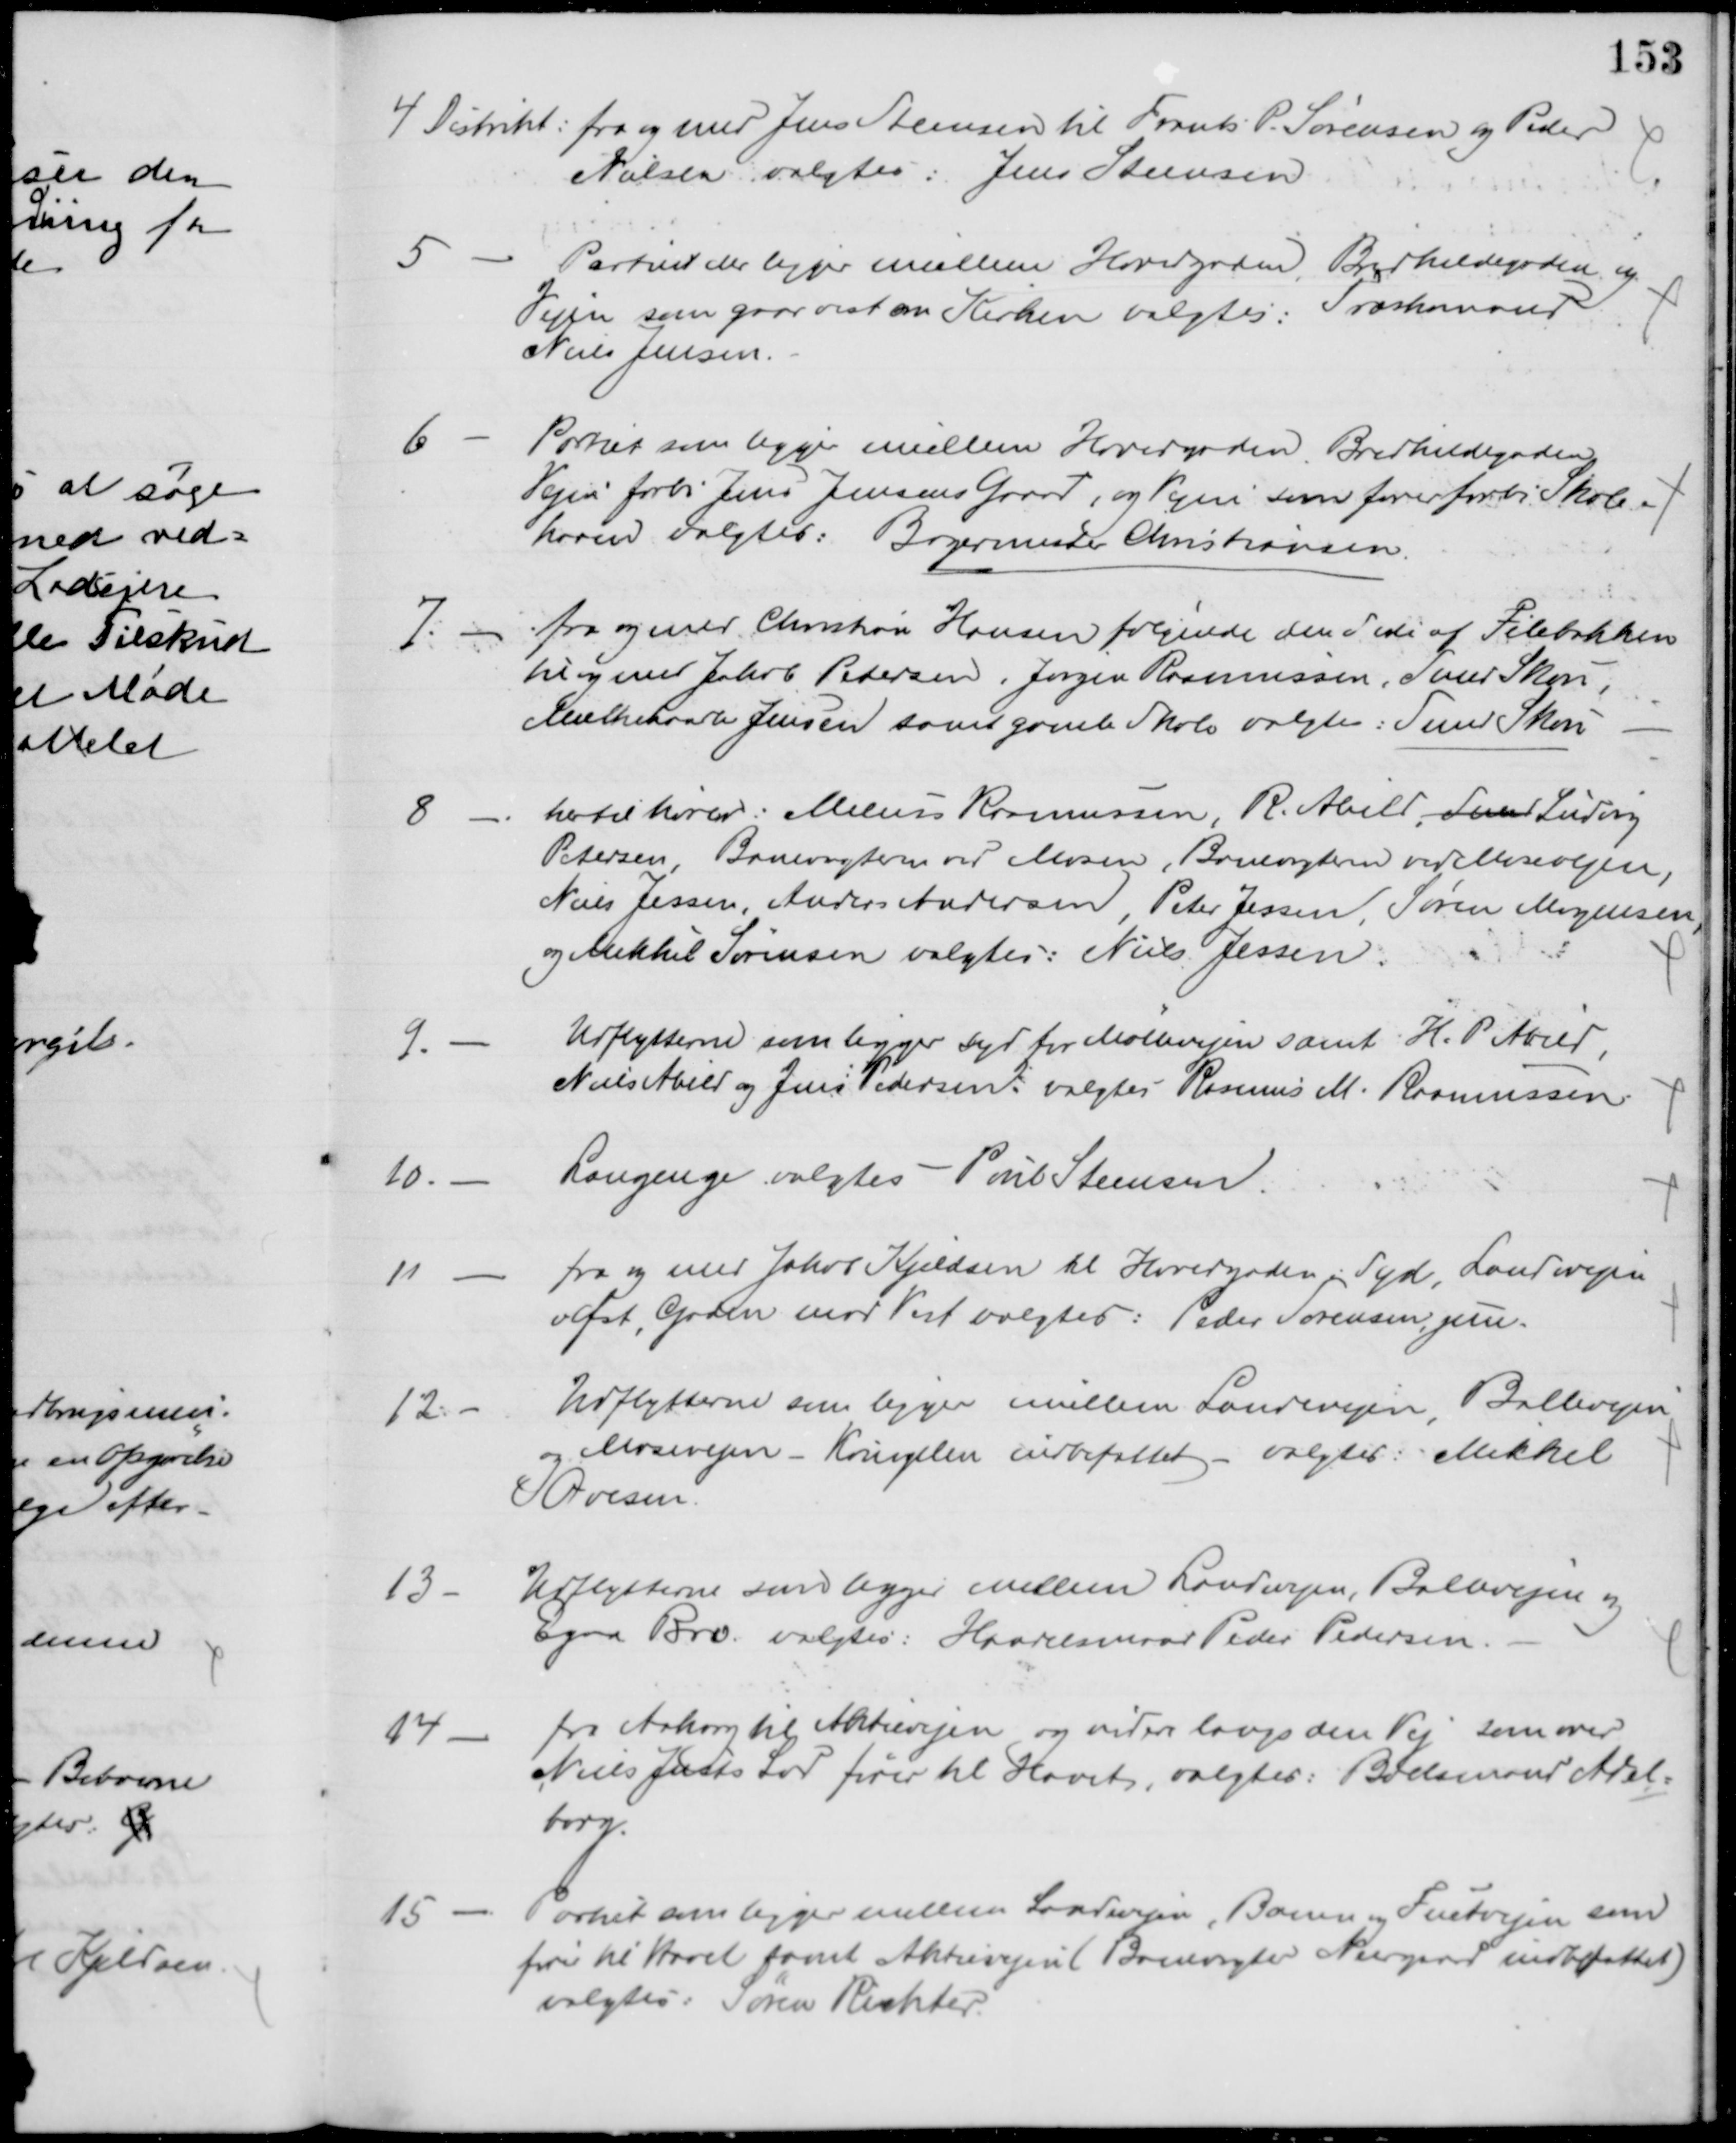
Transskription:
4 Distrikt: fra og med Jens Steensen til Frants P. Sørensen og Peder
Nielsen valgtes: Jens Steensen
5
Partiet der ligger imellem Hovedgaden, Bredkildegaden og
Vejen som gaar vest om Kirken valgtes: Træskomager
Niels Jensen.
6
Partiet som ligger imellem Hovedgaden, Bredkildegaden
Vejen forbi Jens Jensens Gaard, og Vejen som fører forbi Skole-
haven valgtes: Bagermester Christiansen.
7. - fra og med Christian Hansen følgende den Side af Filebakken
til og med Jakob Petersen, Jørgen Rasmussen, Smed Skov,
Mælkehandler Jensen samt gamle Skole valgtes: Smed Skov
8
hertil hører: Melius Rasmussen R. Abild, Smed Ludvig
Petersen, Banevogter ved Mosen, Banevogter ved Mosevejen,
Niels Jessen, Anders Andersen, Peter Jessen, Søren Mogensen,
og Mikkel Sørensen valgtes: Niels Jessen.
9.
Udflytterne som ligger syd for Møllevejen samt H. P. Abild,
Niels Abild og Jens Pedersen: valgtes Rasmus M. Rasmussen
10.
Langenge valgtes - Poul Steensen.
11
fra og med Jakob Kjeldsen til Hovedgaden i Syd, Landevejen
v Øst, Gaden mod Vest valgtes: Peder Sørensen, jun.
12. 
Udflytterne som ligger imellem Landevejen, Ballevejen
og Mosevejen - Kringelen indbefattet - valgtes: Mikkel
Ovesen.
13
Udflytterne som ligger mellem Landevejen, Ballevejen og
Egaa Bro valgtes: Handelsmand Peder Pedersen.
14
fra Aakrog til Aktievejen og videre langs den Vej som over 
Niels Justs Lod fører til Havet, valgtes: Boelsmand Adel=
borg.
15
Partiet som ligger mellem Landevejen, Banen og Fuetvejen som 
fører til havet samt Aktievejen (Banevogter Neergaard indbefattet)
valgtes: Søren Richter.